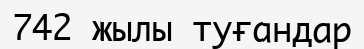
742 жылы туғандар